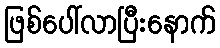
ဖြစ်ပေါ်လာပြီးနောက်